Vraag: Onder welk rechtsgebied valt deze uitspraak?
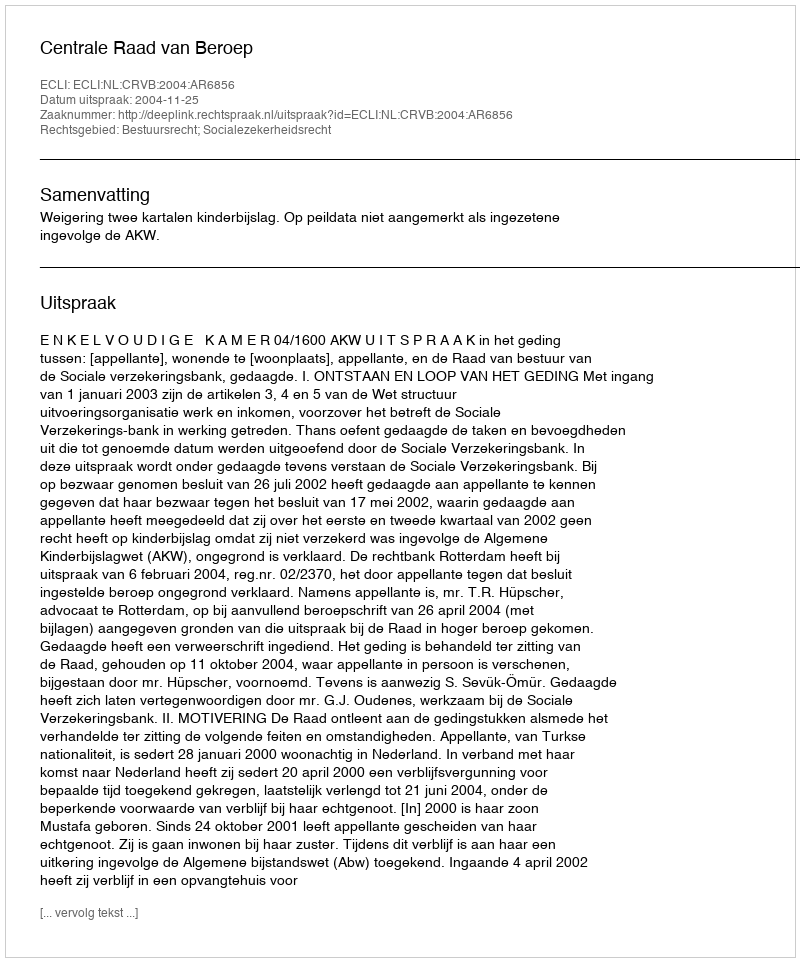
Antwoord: Bestuursrecht; Socialezekerheidsrecht